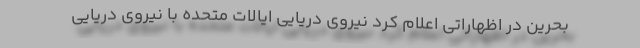
بحرین در اظهاراتی اعلام کرد نیروی دریایی ایالات متحده با نیروی دریایی